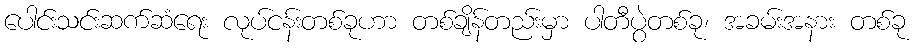
ပေါင်းသင်းဆက်ဆံရေး လုပ်ငန်းတစ်ခုဟာ တစ်ချိန်တည်းမှာ ပါတီပွဲတစ်ခု၊ အခမ်းအနား တစ်ခု